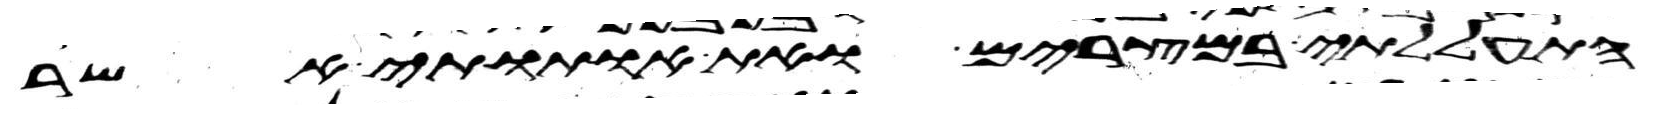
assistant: התעללתי במצרים ואת אתותי אשר